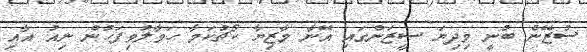
ސުޒޭން ބުނީ މިދިޔަ ސީޒަންގައި އޭނާ މާޒިޔާ ކޯޗުކަމާ ހަވާލުވިފަހުން ނިއު އާއި